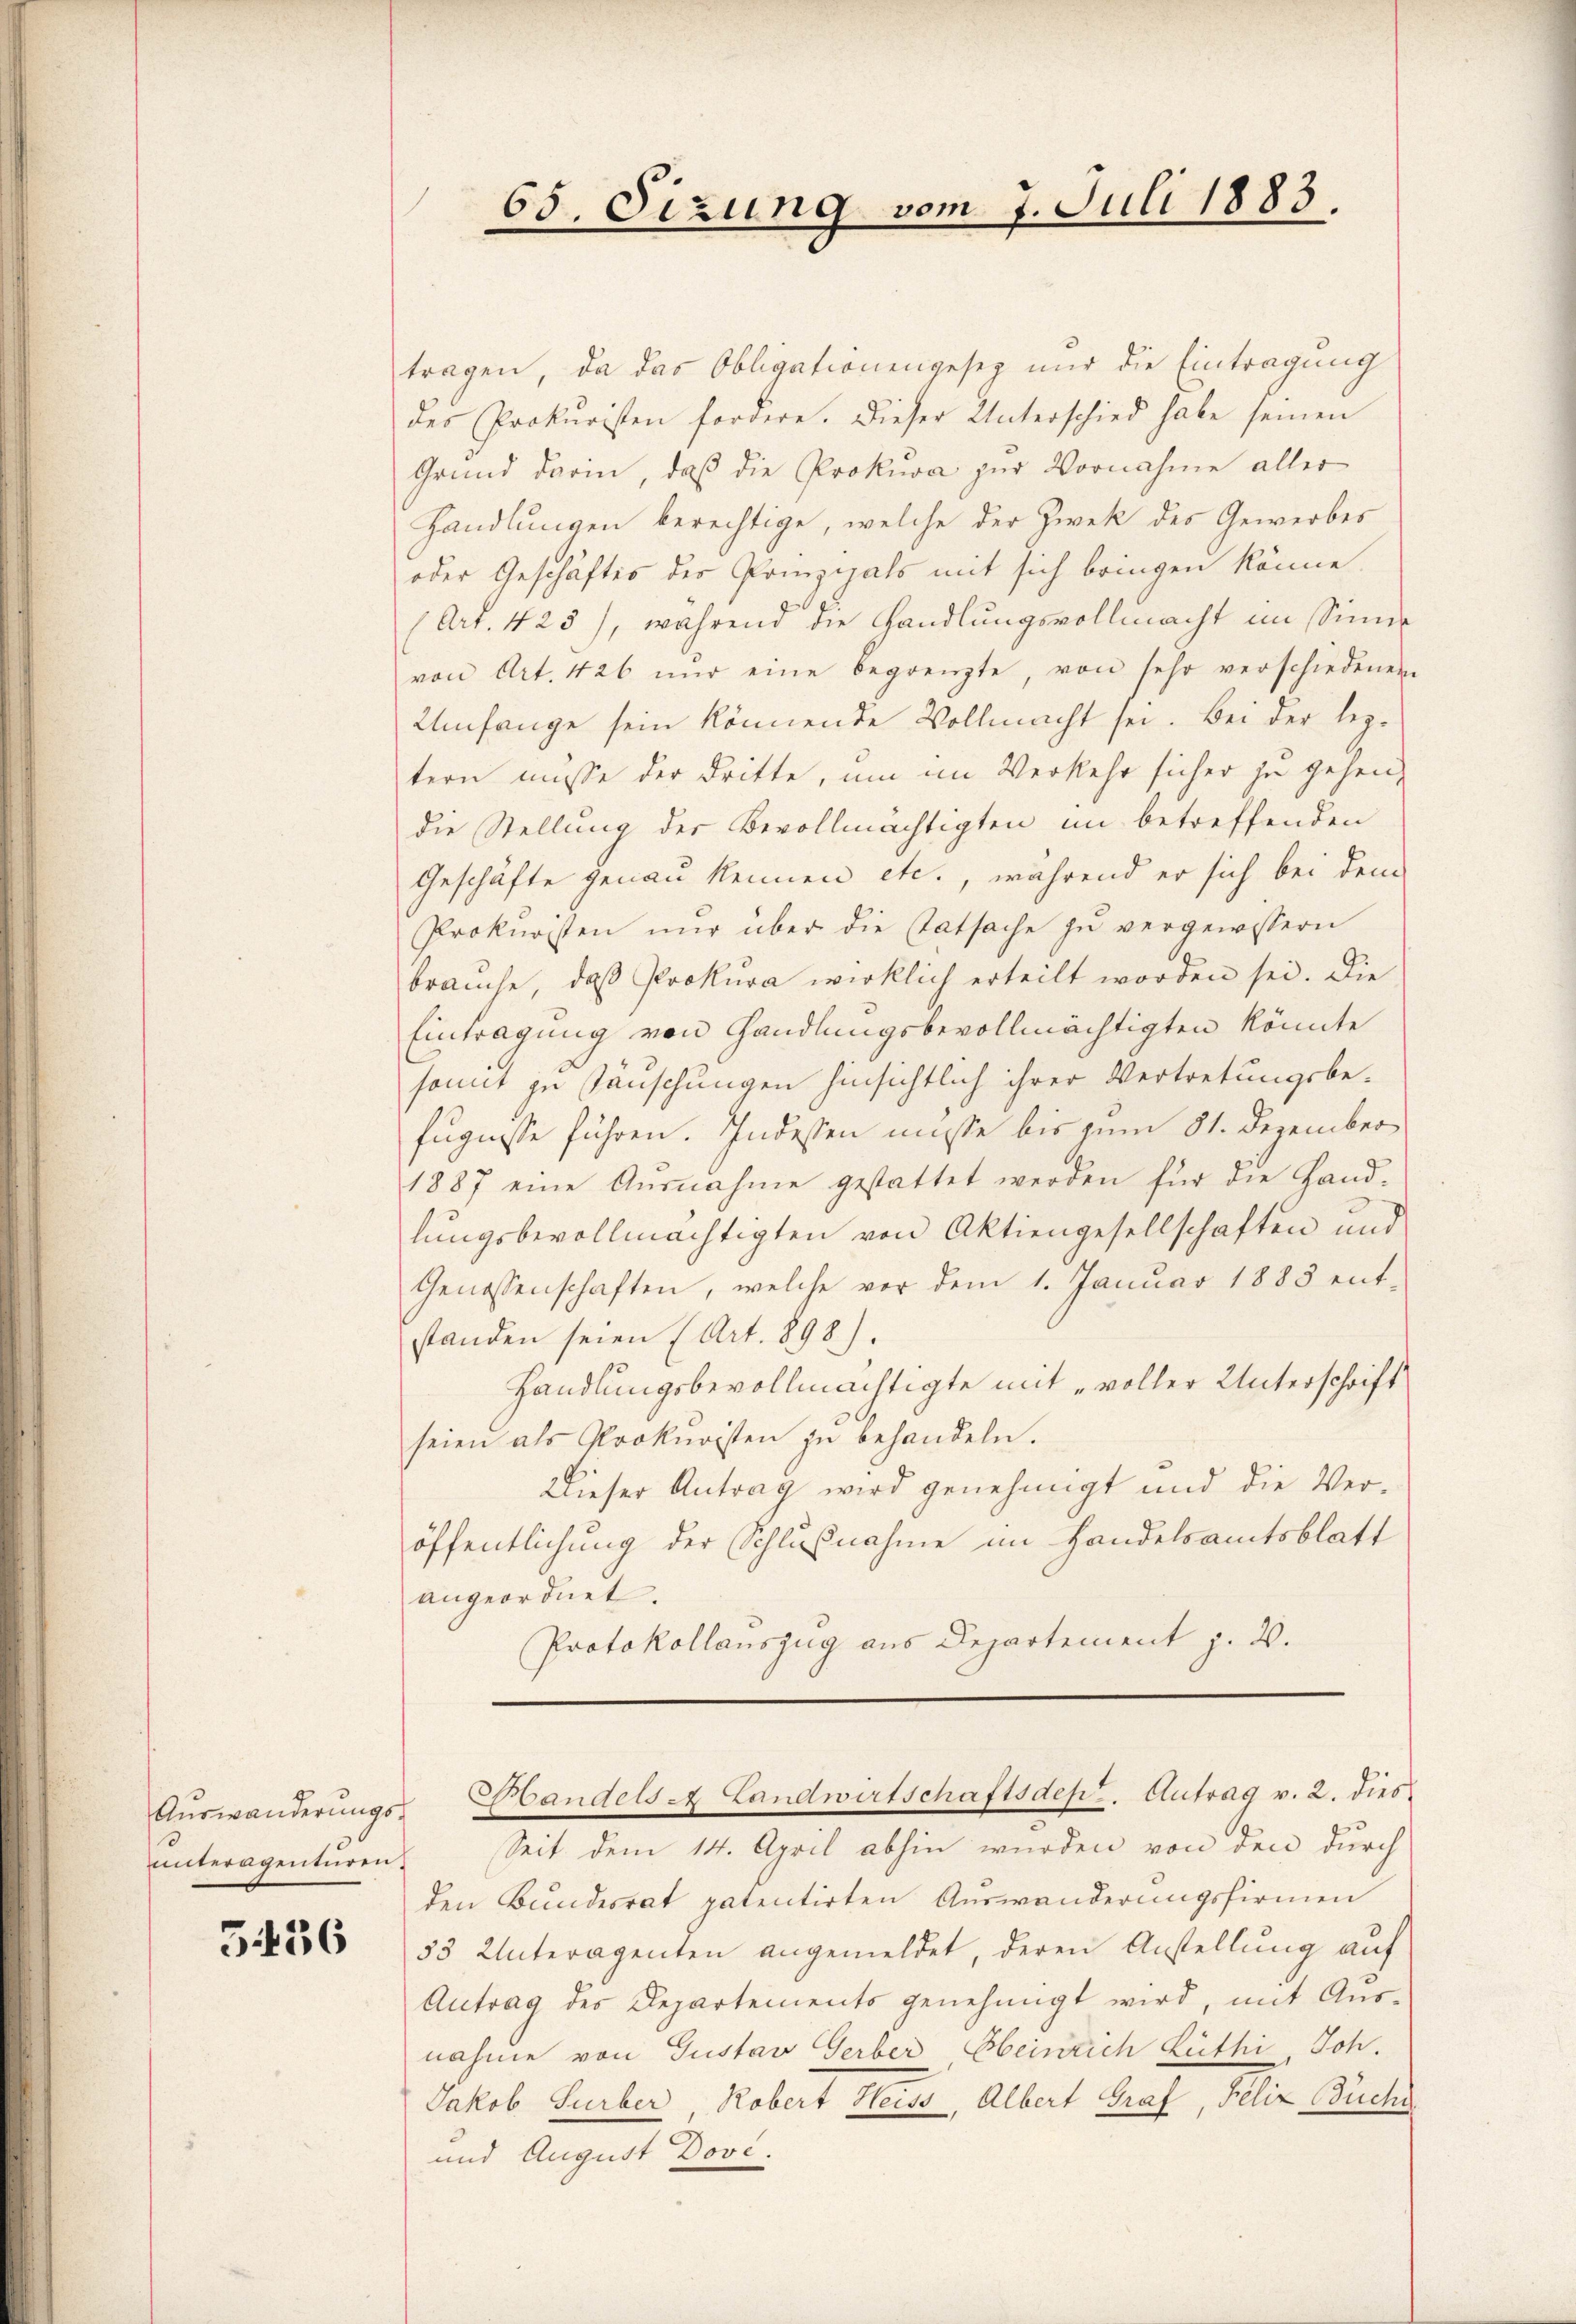
unteragenturen.

5436

tragen, da das Obligationengesetz nur die Eintragung
des Prokuristen fordere. Dieser Unterschied habe seinen
Grŭnd darin, daß die Prokura zur Vornahme aller
Handlungen berechtige, welche der Zwek des Gewerbes
oder Geschäftes der Prinzipals mit sich bringen könne.
(Art. 423), während die Handlungsvollmacht im Sinne
von Art. 426 nŭr eine begrenzte, von sehr verschiedenen
Umfange sein könnende Vollmacht sei. Bei der leztern müsse der dritte, um im Verkehr sicher zu gehen,
die Stellung der Bevollmächtigten im betreffenden
Geschäfte genau kennen etc., während er sich bei dem
Prokuristen nŭr über die Tatsache zŭ vergewissern
brauche, daß Prokura wirklich erteilt worden sei. Die
Eintragung von Handlungsbevollmächtigten könnte
sant zu säuschungen hinsichtlich ihrer Vertretungsbe-
fugnisse führen. Indessen müsse bis zum 81. Dezember¬
1887 eine Ausnahme gestattet werden für die Hand-
lungsbevollmächtigten von Aktiengesellschaften und
Genossenschaften, welche vor dem 1. Januar 1883 entstanden seien (Art. 898).
Handlungsbevollmächtigte mit „voller Unterschrift
seien als Prokuristen zu behandeln.
Dieser Antrag wird genehmigt und die Ver-
öffentlichung der Schlußnahme im Handelsamtsblatt
angeordnet.
Protokollauszug aus Departement z. B.

65. Sizung vom 7. Juli 1883.

Aŭswanderŭngs- Landels- Landwirtschaftsdept. Antrag v. 2. dies

Seit dem 14. April abhin wurden von den durch
den Bundesrat patentirten Auswanderungsfirmen
53 Unteragenten angemeldet, deren Anstellung auf
Antrag des Departements genehmigt wird, mit Aŭs-
nahme von Gustav Gerber Heinrich Lüthi, Joh.
Jakob Surber, Robert Heiss, Albert Graf, Felix Buchs
und August Dove.